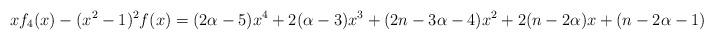
LaTeX: \begin{align*} xf_{4}(x)-(x^2-1)^{2}f(x)=(2\alpha-5)x^{4}+2(\alpha-3)x^3+(2n-3\alpha-4)x^{2}+2(n-2\alpha)x+(n-2\alpha-1).\end{align*}